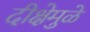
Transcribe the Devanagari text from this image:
दीक्षेमुळे